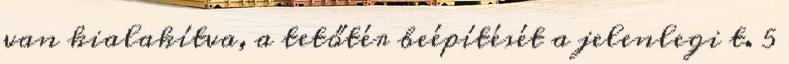
van kialakítva, a tetőtér beépítését a jelenlegi t. 5